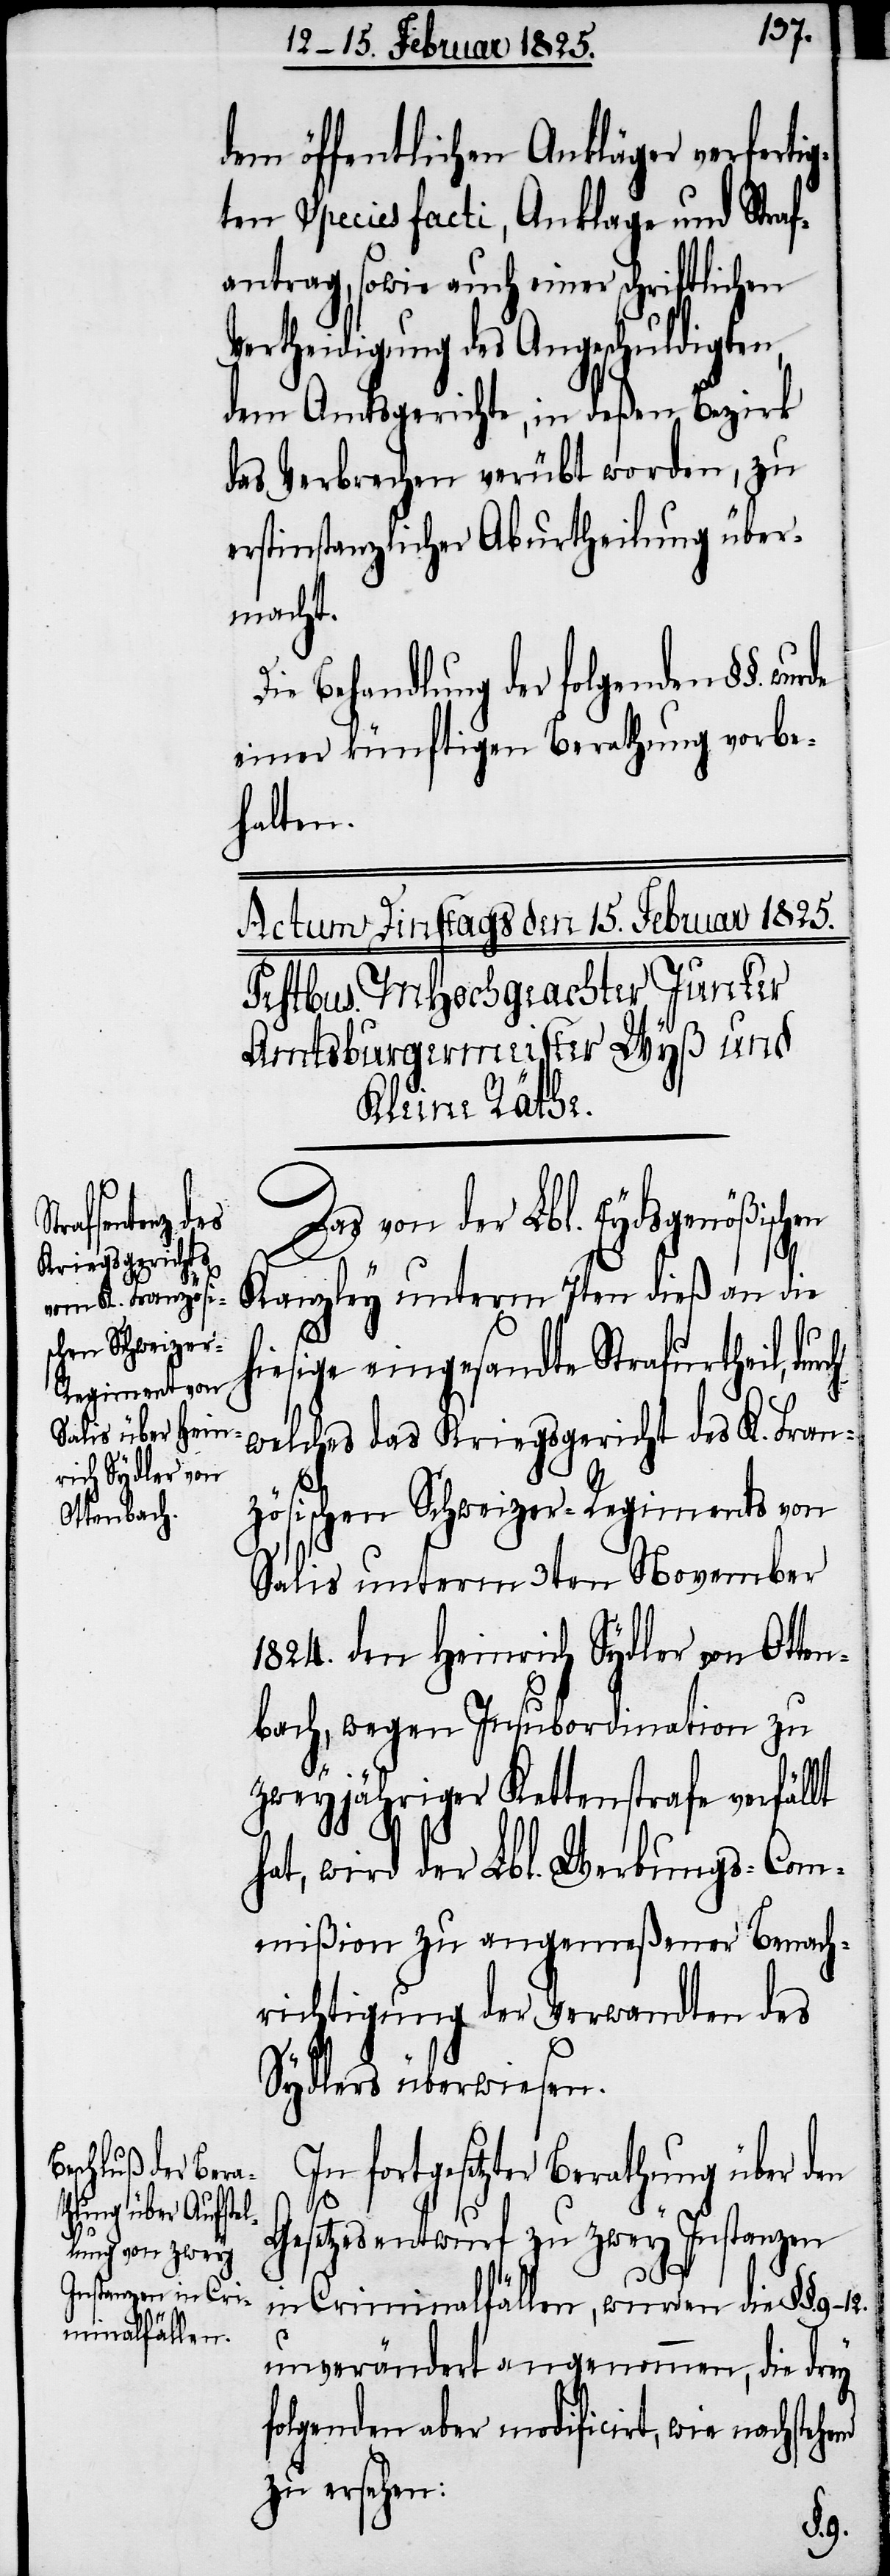
dem öffentlichen Ankläger verfertig¬
ten Species facti, Anklage und Straf¬
antrag, sowie auch einer schriftlichen
ertheidigung des Angeschuldigten,
dem Amtsgerichte, in deßen Bezirk
das Verbrechen verübt worden, zu
erstinstanzlicher Aburtheilung über¬
macht.
Behandlung der folgenden §§.
einer künftigen Berathung vorbe¬
halten.
Das von der Lbl. Eydsgenößischen
rch
Kanzley unterm 7ten dieß an die
hiesige eingesandte Strafurtheil, du¬
welches das Kriegsgericht des K. Fran¬
zösischen Schweizer-Regiments von
Salis unterm 3ten November
1824. den Heinrich Sydler von Otten¬
bach, wegen Insubordination zu
zweyjähriger Kettenstrafe verfällt
hat, wird der Lbl. Werbungs-Com¬
mißion zu angemeßener Benach¬
richtigung der Verwandten des
Sydlers überwiesen.
fortgesetzter Berathung über
Gesetzesentwurf zu zwey Instanzen
nd
in Criminalfällen, wurden die §§.
unverändert angenommen, die drey
folgenden aber modificirt, wie nachstehe¬
zu ersehen: